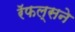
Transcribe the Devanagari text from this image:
रॅफल्सने